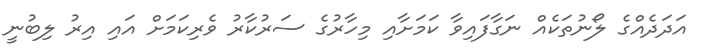
އަދަދެއްގެ ލޯނުތަކެއް ނަގާފައިވާ ކަމަށާއި މިހާރުގެ ސަރުކާރު ވެރިކަމަށް އައި އިރު ލިބުނީ